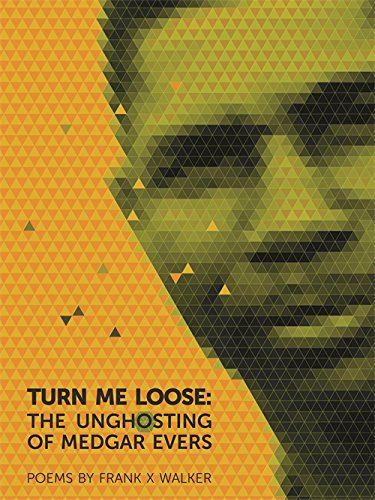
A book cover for Turn Me Loose: The Unghosting of Medgar Evers; Frank Walker; Literature & Fiction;